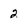
Character: 2